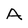
Character: A